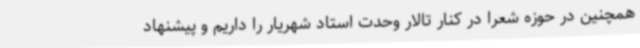
همچنین در حوزه شعرا در کنار تالار وحدت استاد شهریار را داریم و پیشنهاد